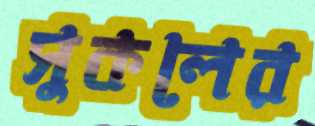
সুকলের